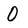
Character: 0